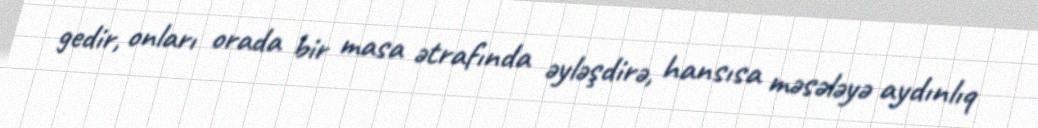
gedir, onları orada bir masa ətrafında əyləşdirə, hansısa məsələyə aydınlıq